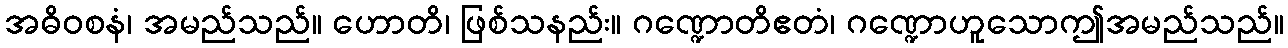
အဓိဝစနံ၊ အမည်သည်။ ဟောတိ၊ ဖြစ်သနည်း။ ဂဏ္ဍောတိဧတံ၊ ဂဏ္ဍောဟူသောဤအမည်သည်။